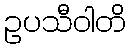
ဥပသီဝါတိ